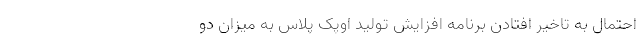
احتمال به تاخیر افتادن برنامه افزایش تولید اوپک پلاس به میزان دو